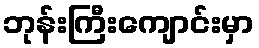
ဘုန်းကြီးကျောင်းမှာ